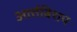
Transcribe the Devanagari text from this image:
आर्त्तबिशप